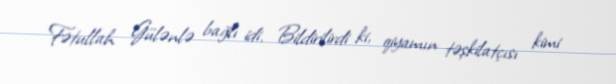
Fətullah Gülənlə bağlı idi. Bildirilirdi ki, qiyamın təşkilatçısı kimi